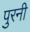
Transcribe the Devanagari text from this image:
पुरनी